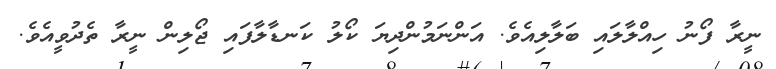
ނީރާ ފޯނު ހިއްލާލައި ބަލާލިއެވެ. އަންނަމުންދިޔަ ކޯލު ކަނޑާލާފައި ޖޯލިން ނީރާ ތެދުވީއެވެ.